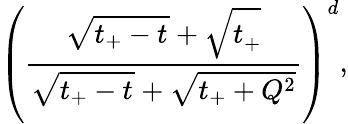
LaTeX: {\left(\frac{\sqrt{t_{+}-t^{\vphantom{2}}}+\sqrt{t_{+}^{\vphantom{2}}}}{\sqrt{t_{+}-t^{\vphantom{2}}}+\sqrt{t_{+}+Q^{2}}}\right)}^{d},